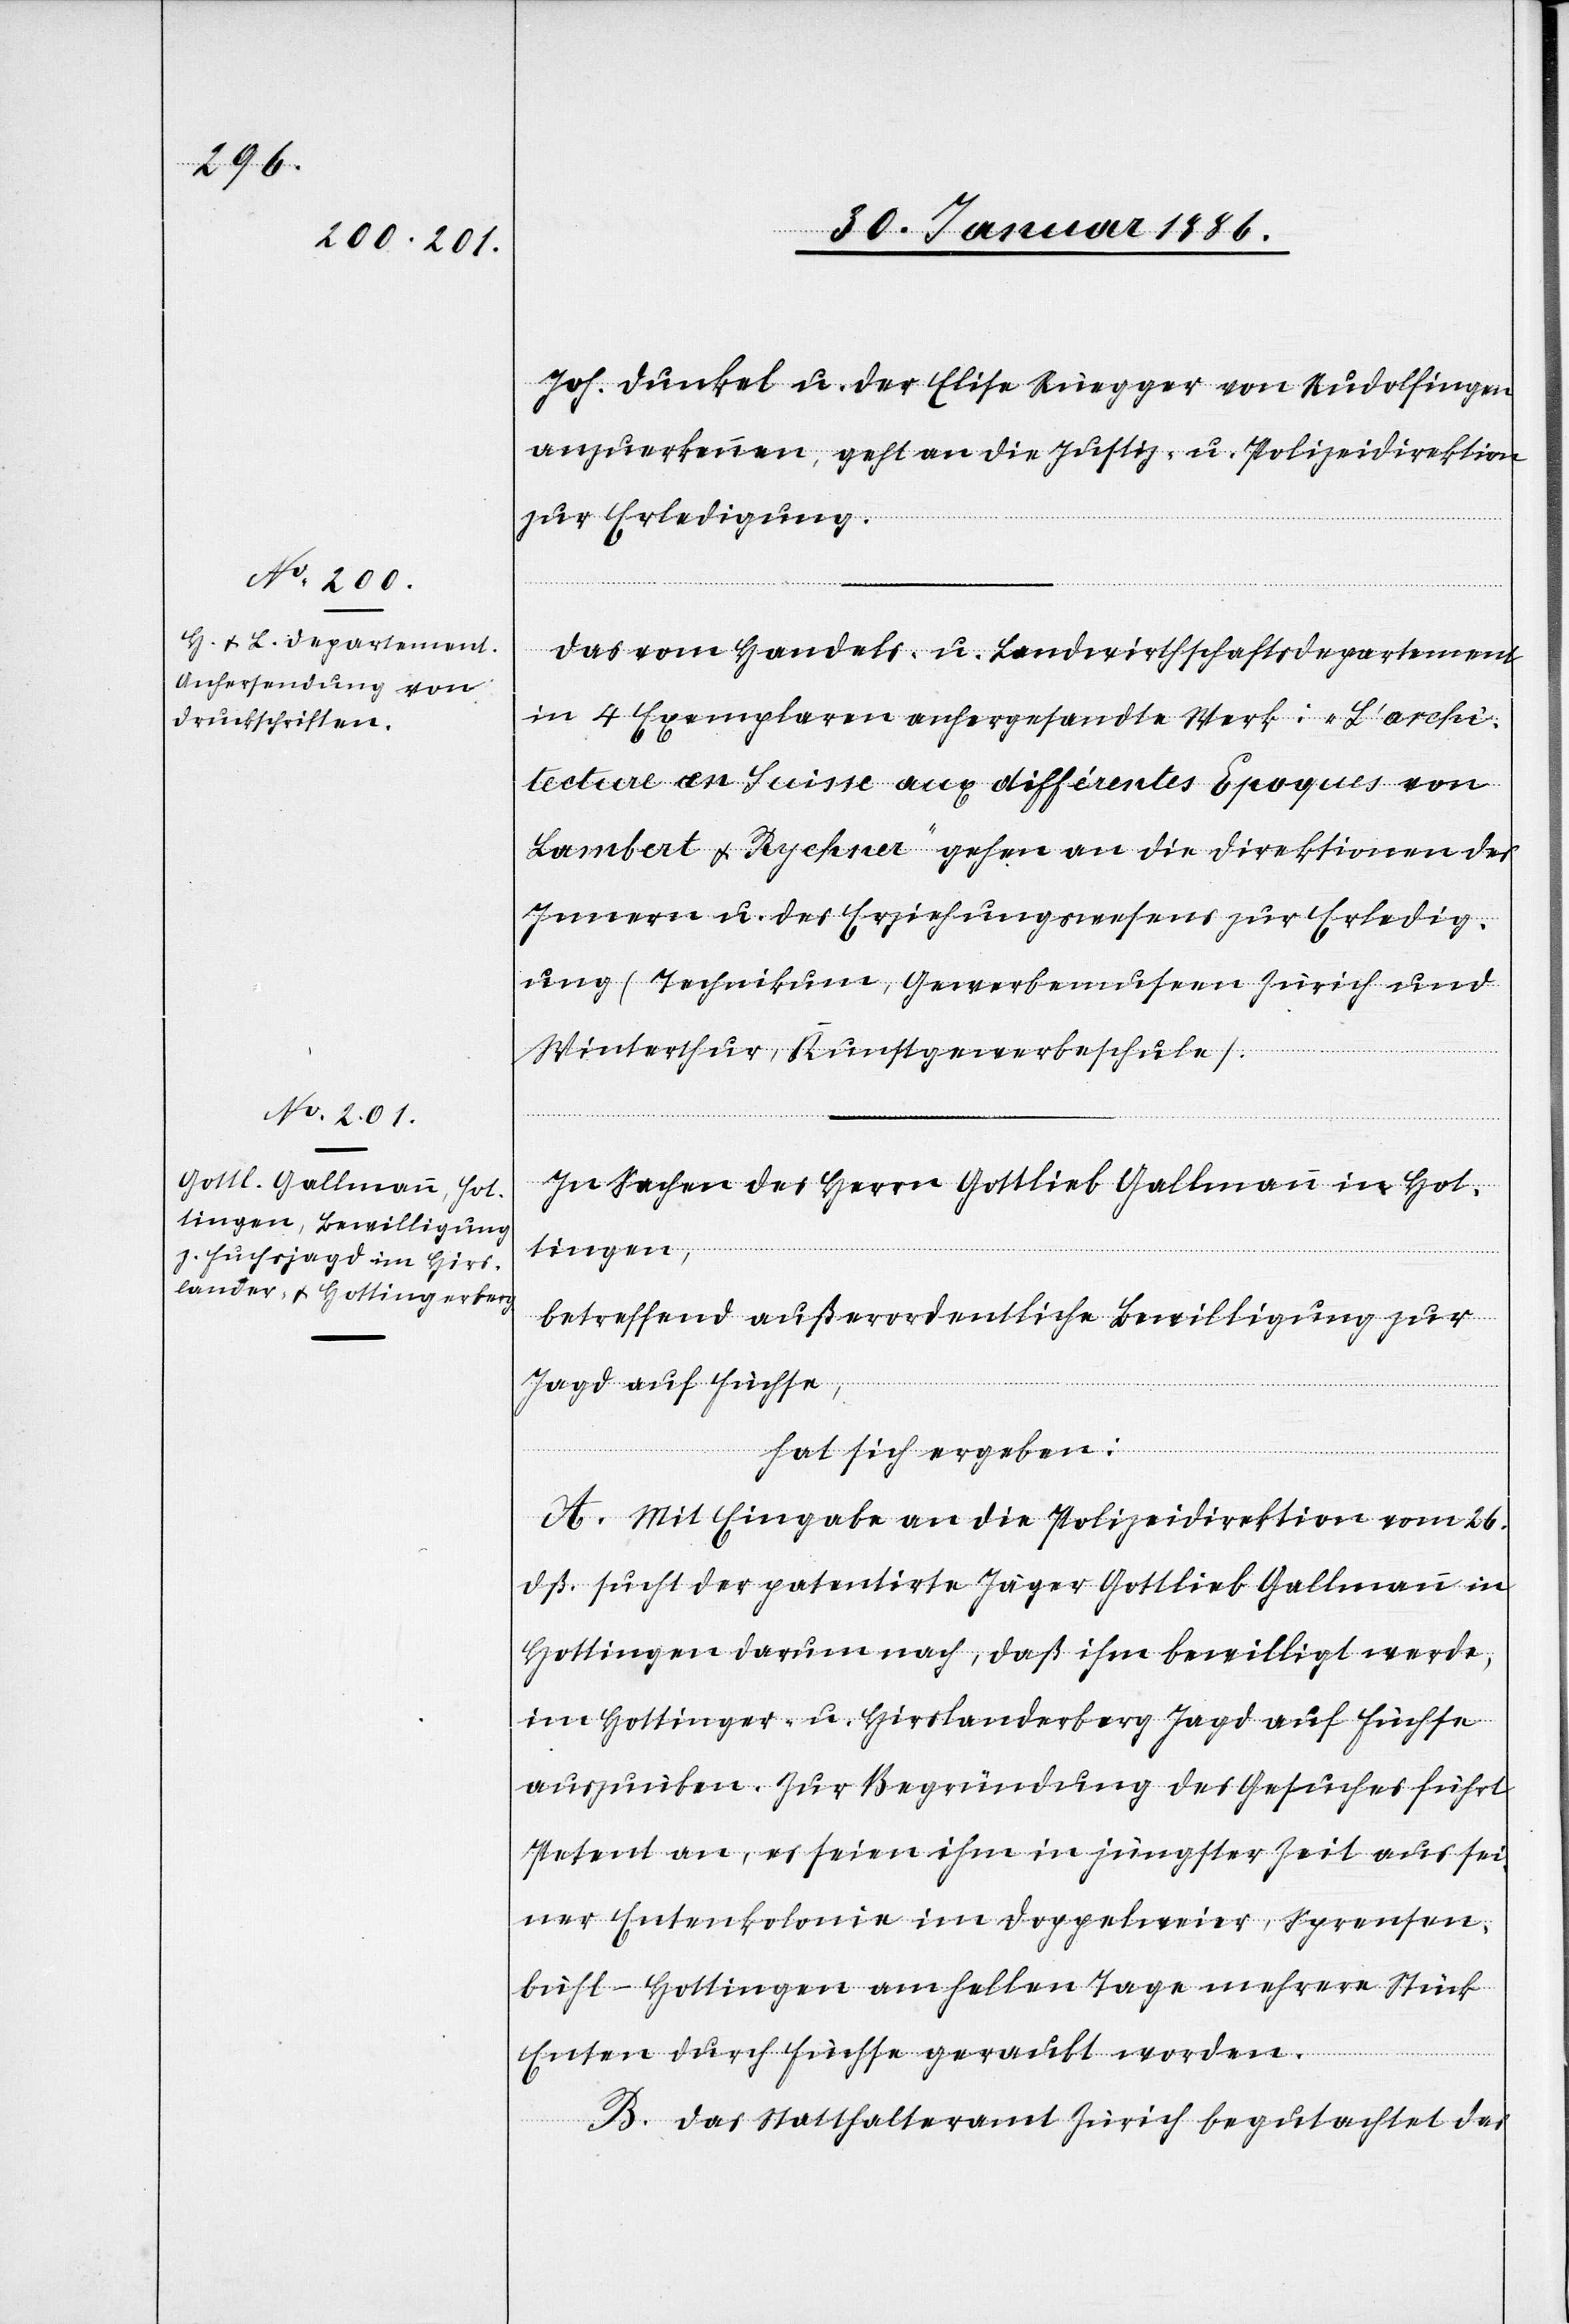
Joh. Dunkel u. der Elsie Rüegger von Rudolfingen
anzuerkennen, geht an die Justiz- u. Polizeidirektion
zur Erledigung.
Das vom Handels- u. Landwirthschaftsdepartement
in 4 Exemplaren anhergesandte Werk: „L’archi¬
Lambert & Rychner“ gehen an die Direktionen des
Innern u. des Erziehungswesens zur Erledig¬
ung (Technikum, Gewerbemuseum Zürich und
Winterthur, Kunstgewerbeschule).
In Sachen des Herrn Gottlieb Gallmann in Hot¬
tingen,
betreffend außerordentliche Bewilligung zur
Jagd auf Füchse,
hat sich ergeben:
A. Mit Eingabe an die Polizeidirektion vom 26.
dß. sucht der patentirte Jäger Gottlieb Gallmann in
Hottingen darum nach, daß ihm bewilligt werde,
im Hottinger- u. Hirslanderberg Jagd auf Füchse
auszuüben. Zur Begründung des Gesuches führt
Petent an, es seien ihm in jüngster Zeit aus sei¬
ner Entenkolonie im Doppelweier, Sprensen¬
bühl - Hottingen am hellen Tage mehrere Stück
Epoques von
Enten durch Füchse geraubt worden.
B. Das Statthalteramt Zürich begutachtet das